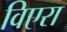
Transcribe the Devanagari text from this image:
विएरा